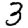
Digit: 3